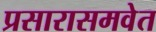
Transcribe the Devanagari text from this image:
प्रसारासमवेत